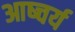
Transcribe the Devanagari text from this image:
आष्चर्य